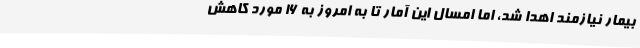
بیمار نیازمند اهدا شد، اما امسال این آمار تا به امروز به 16 مورد کاهش